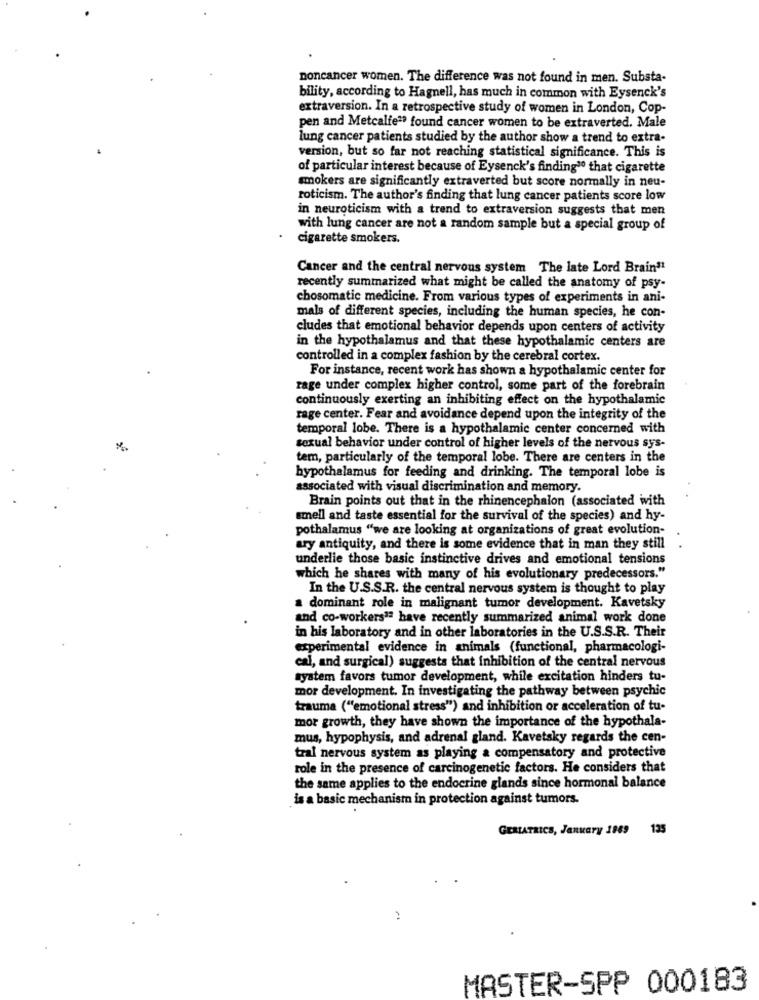
noncancer women. The difference was not found in men. Substa-
bility, according to Hagnell, has much in common with Eysenck's
extraversion. In a retrospective study of women in London, Cop-
pen and Metcalfe"? found cancer women to be extraverted. Male
lung cancer patients studied by the author show a trend to extra-
version, but so far not reaching statistical significance. This is
of particular interest because of Eysenck's finding10 that cigarette
smokers are significantly extraverted but score normally in neu-
roticism. The author's finding that lung cancer patients score low
in neuroticism with a trend to extraversion suggests that men
with lung cancer are not a random sample but a special group of
cigarette smokers.
Cancer and the central nervous system The late Lord Brain11
recently summarized what might be called the anatomy of psy-
chosomatic medicine. From various types of experiments in ani-
mals of different species, including the human species, he con-
cludes that emotional behavior depends upon centers of activity
in the hypothalamus and that these hypothalamic centers are
controlled in a complex fashion by the cerebral cortex.
For instance, recent work has shown a hypothalamic center for
rage under complex higher control, some part of the forebrain
continuously exerting an inhibiting effect on the hypothalamic
rage center. Fear and avoidance depend upon the integrity of the
temporal lobe. There is a hypothalamic center concerned with
sexual behavior under control of higher levels of the nervous sys-
tem, particularly of the temporal lobe. There are centers in the
hypothalamus for feeding and drinking. The temporal lobe is
associated with visual discrimination and memory.
Brain points out that in the rhinencephalon (associated with
smell and taste essential for the survival of the species) and hy-
pothalamus "we are looking at organizations of great evolution-
ary antiquity, and there is some evidence that in man they still
underlie those basic instinctive drives and emotional tensions
which he shares with many of his evolutionary predecessors."
In the U.S.S.R. the central nervous system is thought to play
a dominant role in malignant tumor development. Kavetsky
and co-workers1ª have recently summarized animal work done
in his laboratory and in other laboratories in the U.S.S.R. Their
experimental evidence in animals (functional, pharmacologi-
cal, and surgical) suggests that inhibition of the central nervous
system favors tumor development, while excitation hinders tu-
mor development. In investigating the pathway between psychic
trauma ("emotional stress") and inhibition or acceleration of tu-
mor growth, they have shown the importance of the hypothala-
mus, hypophysis, and adrenal gland. Kavetsky regards the cen-
tral nervous system as playing a compensatory and protective
role in the presence of carcinogenetic factors. He considers that
the same applies to the endocrine glands since hormonal balance
is a basic mechanism in protection against tumors.
GERIATRICS, January 1889
135
MASTER-SPP 000183